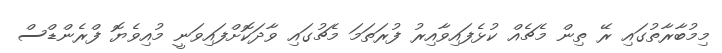
މިމުބާާރާތުގައި ރޭ ތިން މެޗެއް ކުޅެފައިވާއިރު ފުރަތަމަ މެޗުގައި ވާދަކޮށްފައިވަނީ މުއިވެޔޮ ފްރެންޑްސް